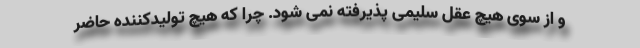
و از سوی هیچ عقل سلیمی پذیرفته نمی شود. چرا که هیچ تولیدکننده حاضر